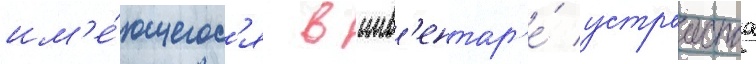
им'е́ющегос'я в инв'ентар'е́ устроиства